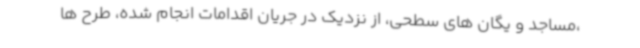
،مساجد و یگان های سطحی، از نزدیک در جریان اقدامات انجام شده، طرح ها